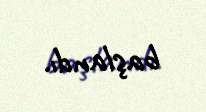
başlandı.